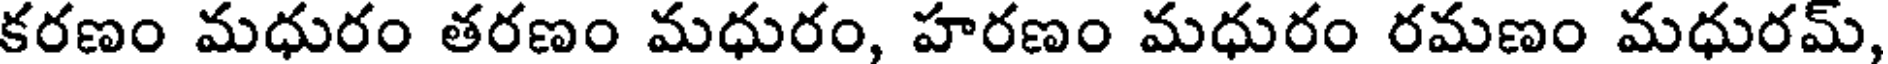
కరణం మధురం తరణం మధురం, హరణం మధురం రమణం మధురమ్,